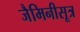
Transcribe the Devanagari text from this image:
जैमिनीसूत्र